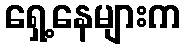
ရှေ့နေများက